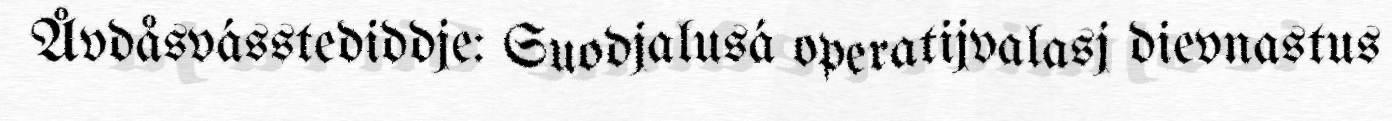
Åvdåsvásstediddje: Suodjalusá operatijvalasj dievnastus